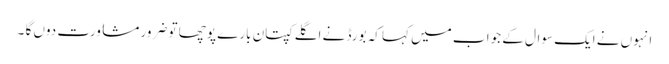
انہوں نے ایک سوال کے جوا ب میں کہا کہ بورڈ نے اگلے کپتان بارے پوچھا تو ضرور مشاورت دوں گا ۔